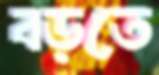
বড়তে